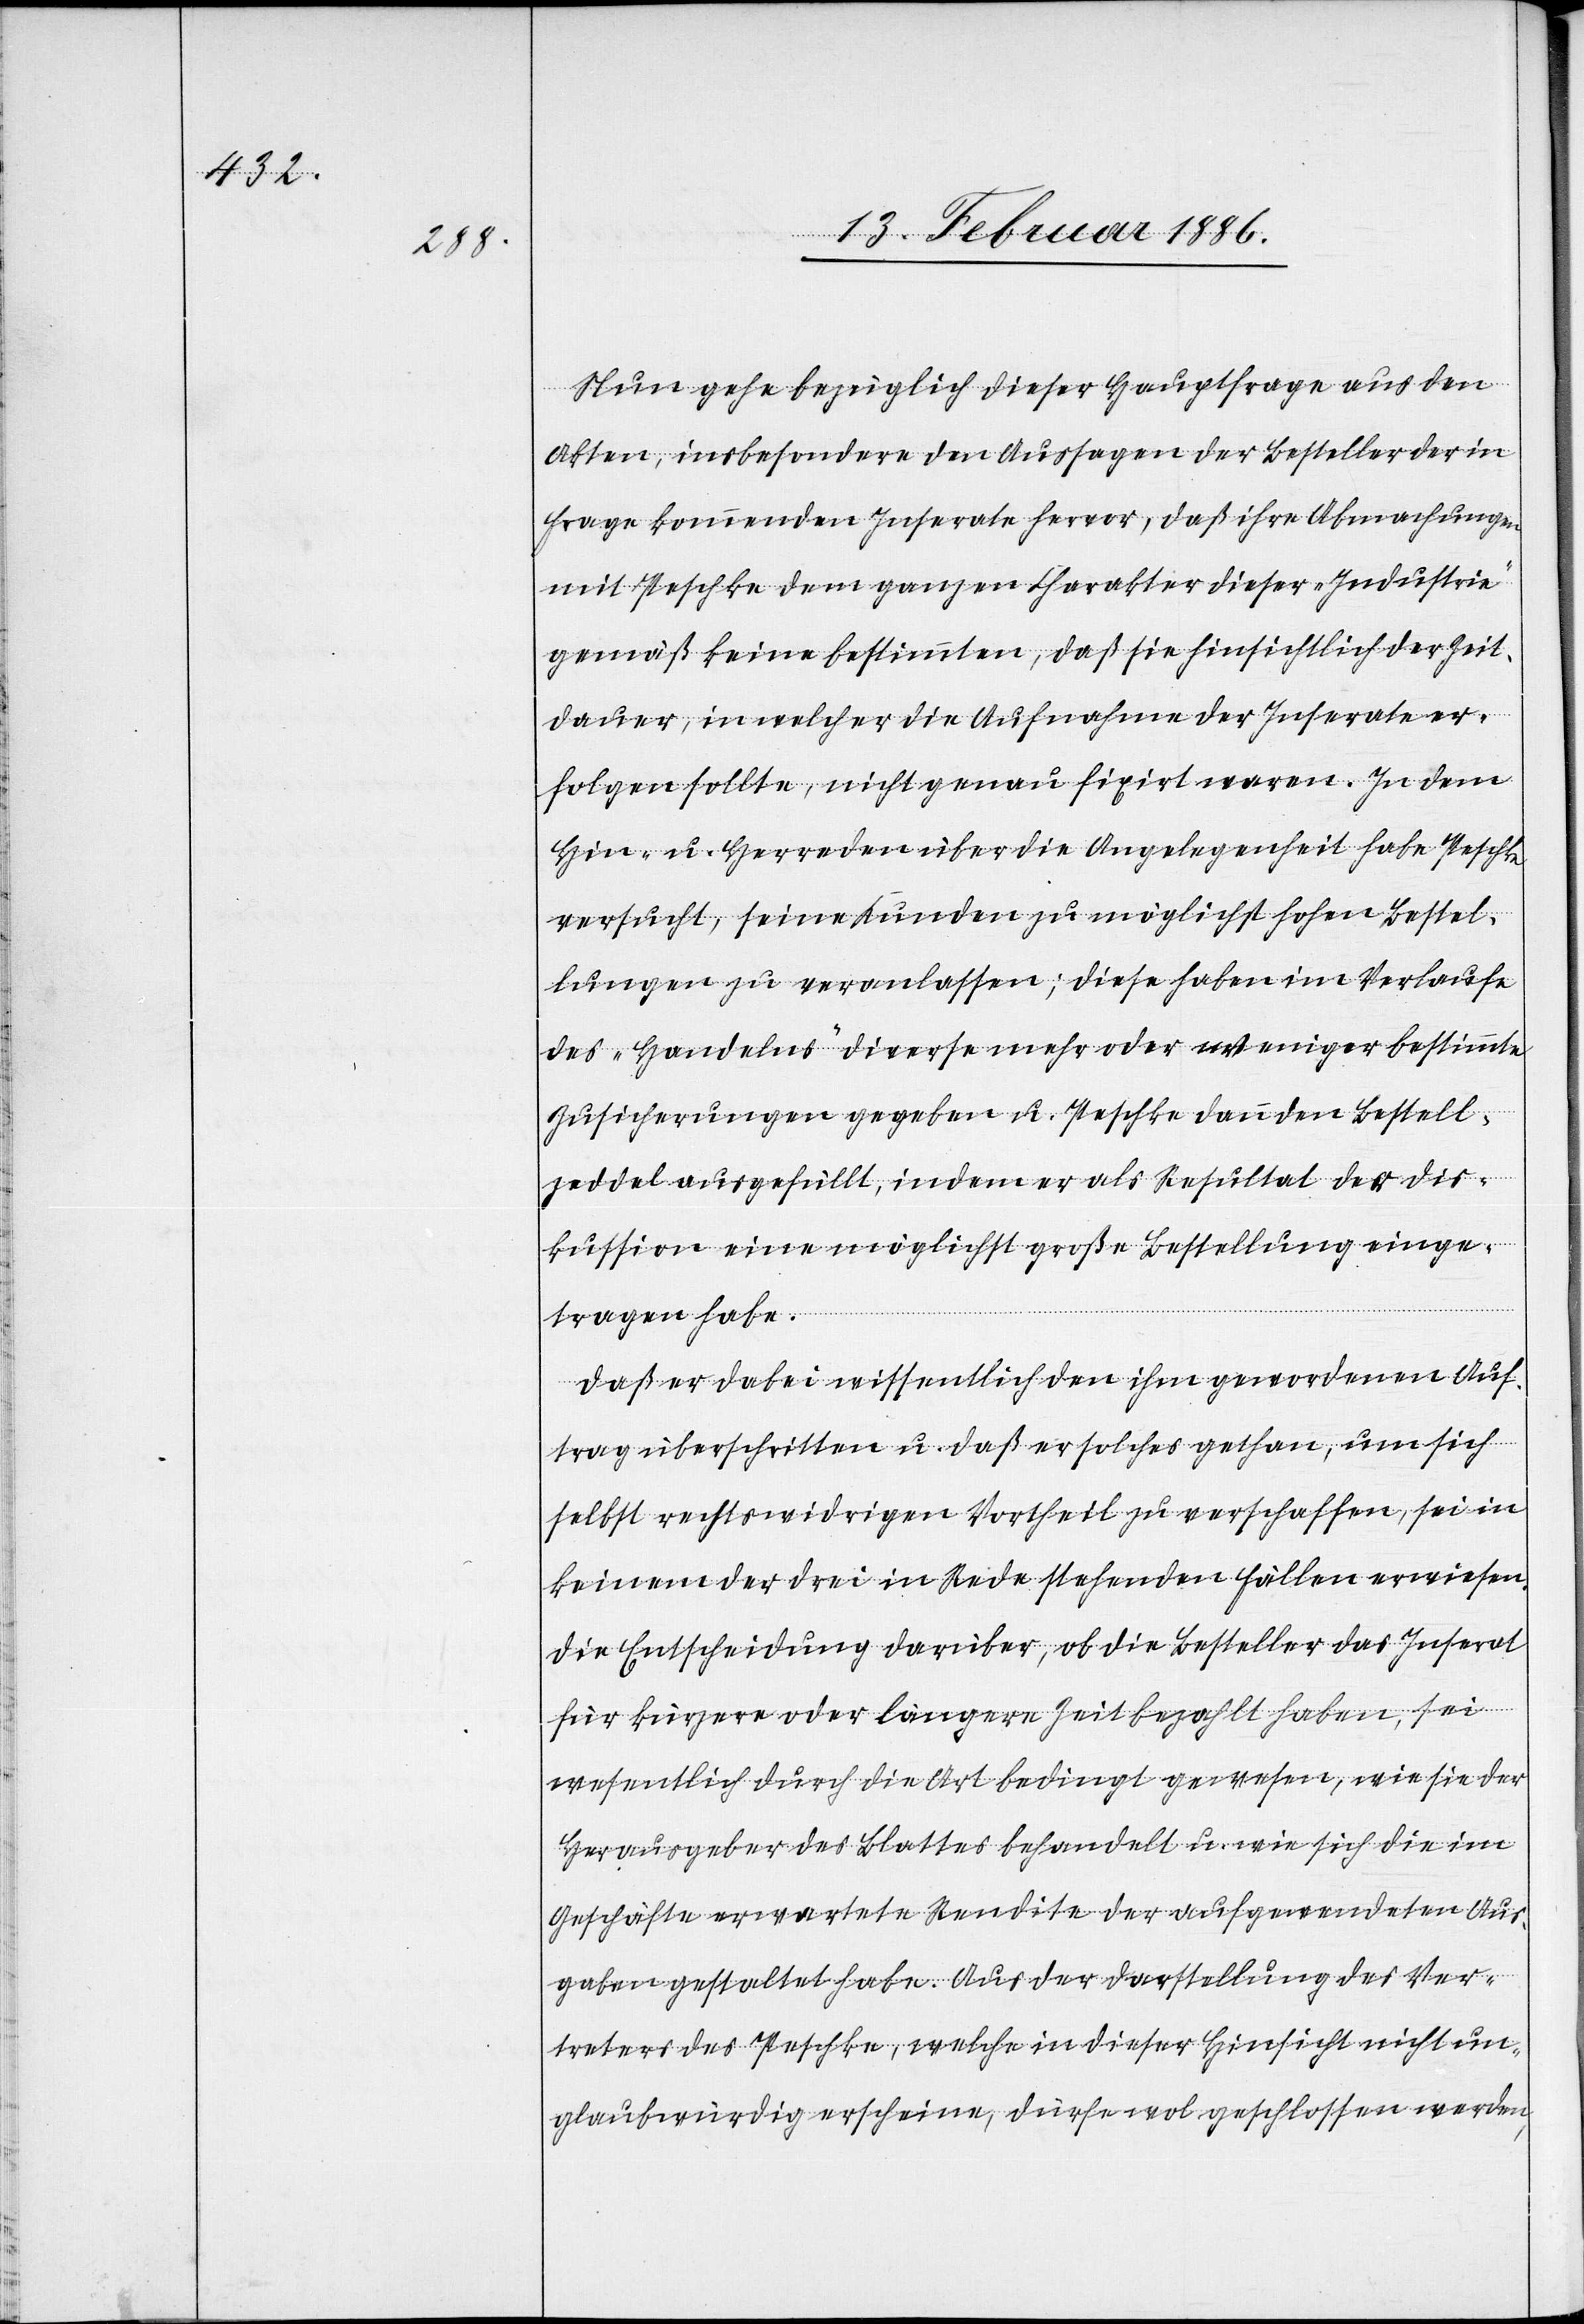
Nun gehe bezüglich dieser Hauptfrage aus den
Akten, insbesondere den Aussagen der Besteller der in
Frage kommenden Inserate hervor, daß ihre Abmachungen
mit Peschke dem ganzen Charakter dieser „Industrie“
gemäß keine bestimmte, daß sie hinsichtlich der Zeit¬
dauer, in welcher die Aufnahme der Inserate er¬
folgen sollte, nicht genau fixirt waren. In dem
Hin- u. Herreden über die Angelegenheit habe Peschke
versucht, seine Kunden zu möglichst hohen Bestel¬
lungen zu veranlassen; diese haben im Verlaufe
des „Handelns“ diverse mehr oder weniger bestimmte
Zusicherungen gegeben u. Peschke dann den Bestell¬
zeddel ausgefüllt, indem er als Resultat der Dis¬
kussion eine möglichst große Bestellung einge¬
tragen habe.
Daß er dabei wissentlich den ihm gewordenen Auf¬
trag überschritten u. daß er solches gethan, um sich
selbst rechtswidrigen Vortheil zu verschaffen, sei in
keinem der drei in Rede stehenden Fällen erwiesen.
Die Entscheidung darüber, ob die Besteller das Inserat
für kürzere oder längere Zeit bezahlt haben, sei
wesentlich durch die Art bedingt gewesen, wie sie der
Herausgeber des Blattes behandelt u. wie sich die im
Geschäfte erwartete Rendite der ausgewendeten Aus¬
gaben gestaltet habe. Aus der Darstellung des Ver¬
treters des Peschke, welche in dieser Hinsicht nicht un¬
glaubwürdig erscheine, dürfe wol geschlossen werden,